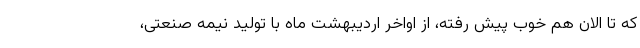
که تا الان هم خوب پیش رفته، از اواخر اردیبهشت ماه با تولید نیمه صنعتی،